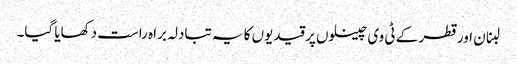
لبنان اور قطر کے ٹی وی چینلوں پر قیدیوں کا یہ تبادلہ براہ راست دکھایا گیا۔